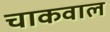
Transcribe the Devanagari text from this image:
चाकवाल